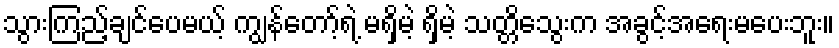
သွားကြည့်ချင်ပေမယ့် ကျွန်တော့်ရဲ့ မရှိမဲ့ ရှိမဲ့ သတ္တိသွေးက အခွင့်အရေးမပေးဘူး။